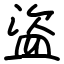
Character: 盜